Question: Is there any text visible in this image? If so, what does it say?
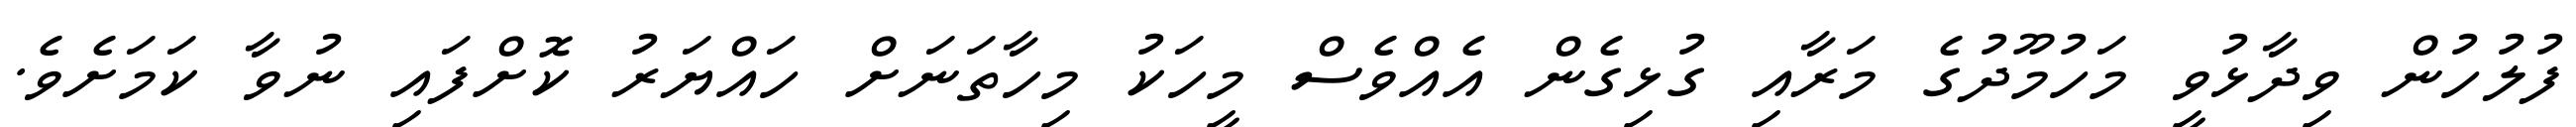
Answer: ފުލުހުން ވިދާޅުވީ މަހުމޫދުގެ މަރާއި ގުޅިގެން އެއްވެސް މީހަކު މިހާތަނަށް ހައްޔަރު ކޮށްފައި ނުވާ ކަމަށެވެ.